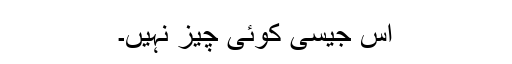
اس جیسی کوئی چیز نہیں۔